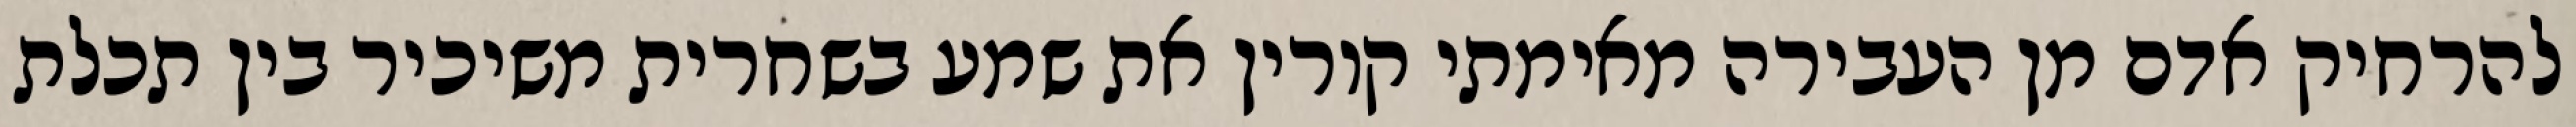
להרחיק אדם מן העבירה מאימתי קורין את שמע בשחרית משיכיר בין תכלת